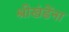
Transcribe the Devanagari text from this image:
श्रीखंडेंना